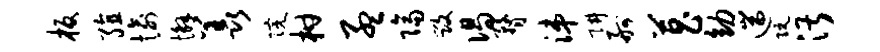
板殖愉懈羡院柑孟隔毁偈瞀涕阱舸菖幼遄阮湛